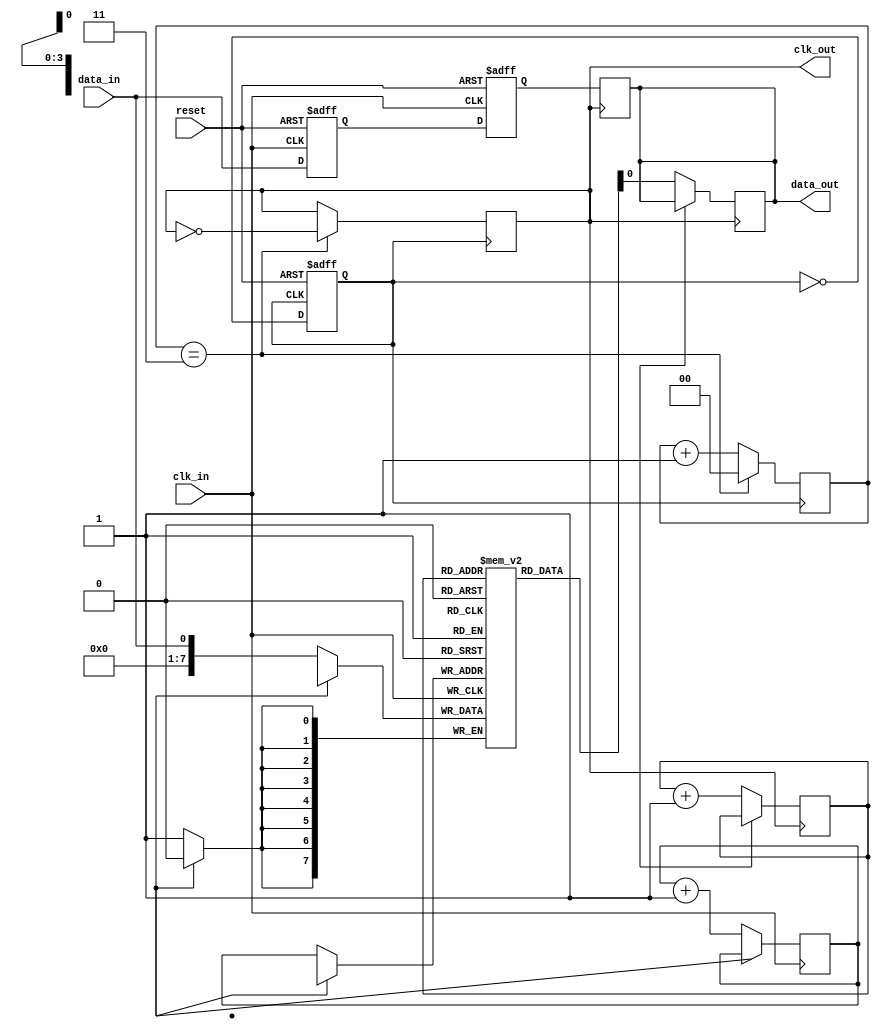
module PLL_Synchronizer (
    input wire clk_in,            // Incoming data clock
    input wire reset,             // Asynchronous reset
    input wire data_in,           // Incoming data
    output wire clk_out,          // Output synchronized clock
    output wire data_out          // Synchronized data output
);

    // Parameters for VCO and divider
    parameter DIV_FACTOR = 4;     // Divider factor for output clock

    // Phase Detector (PD)
    reg [1:0] phase_error;        // Phase error signal
    reg clk_vco;                  // VCO clock output
    wire clk_vco_buf;             // Buffered VCO clock

    // Loop Filter (PI Controller)
    reg [3:0] loop_filter;        // Loop filter output (control voltage for VCO)
    
    // Voltage-Controlled Oscillator (VCO)
    always @(posedge clk_vco_buf or posedge reset) begin
        if (reset) begin
            clk_vco <= 0;
        end else begin
            // Simple VCO behavior based on loop filter (for illustration)
            clk_vco <= ~clk_vco;   // Toggle VCO clock
        end
    end

    // Clock Divider
    reg [1:0] clk_div_counter;
    always @(posedge clk_vco) begin
        if (clk_div_counter == DIV_FACTOR - 1) begin
            clk_out <= ~clk_out;   // Generate output clock
            clk_div_counter <= 0;
        end else begin
            clk_div_counter <= clk_div_counter + 1;
        end
    end

    // Clock Buffer
    assign clk_vco_buf = clk_vco; // Simple buffer for VCO output

    // Synchronization FIFO (simple version for illustration)
    reg [7:0] fifo [0:15];         // FIFO storage
    reg [3:0] write_pointer, read_pointer;
    reg fifo_full, fifo_empty;

    // Write data into FIFO
    always @(posedge clk_in) begin
        if (!fifo_full) begin
            fifo[write_pointer] <= data_in;
            write_pointer <= write_pointer + 1;
        end
    end

    // Read data from FIFO
    always @(posedge clk_out) begin
        if (!fifo_empty) begin
            data_out <= fifo[read_pointer];
            read_pointer <= read_pointer + 1;
        end
    end

    // Meta-stability Handling (2-stage synchronizer)
    reg sync_ff1, sync_ff2;
    always @(posedge clk_in or posedge reset) begin
        if (reset) begin
            sync_ff1 <= 0;
            sync_ff2 <= 0;
        end else begin
            sync_ff1 <= data_in;
            sync_ff2 <= sync_ff1;
        end
    end

    // Update data_out with synchronized data
    always @(posedge clk_out) begin
        data_out <= sync_ff2; // Output synchronized data
    end

    // Control Logic (simplified)
    always @(posedge clk_in or posedge reset) begin
        if (reset) begin
            phase_error <= 0;
            loop_filter <= 0;
        end else begin
            // Simple phase error calculation (placeholder)
            // In practice, this would be more complex
            if (clk_in && !clk_vco_buf) begin
                phase_error <= 2'b01; // Indicate phase adjustment needed
            end else if (!clk_in && clk_vco_buf) begin
                phase_error <= 2'b10; // Indicate phase adjustment needed
            end else begin
                phase_error <= 2'b00; // No adjustment needed
            end
            
            // Update loop filter based on phase error
            loop_filter <= loop_filter + phase_error; // Simplified control
        end
    end

endmodule